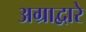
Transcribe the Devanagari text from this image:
अग्राद्वारे